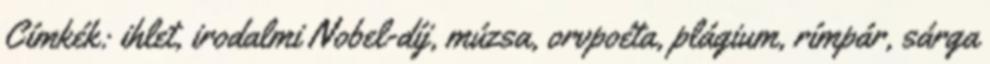
Címkék: ihlet, irodalmi Nobel-díj, múzsa, orvpoéta, plágium, rímpár, sárga